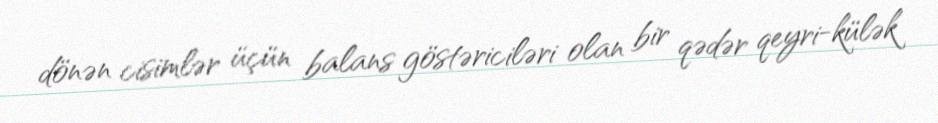
dönən cisimlər üçün balans göstəriciləri olan bir qədər qeyri-külək